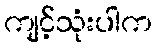
ကျင့်သုံးပါက